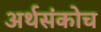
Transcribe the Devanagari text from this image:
अर्थसंकोच